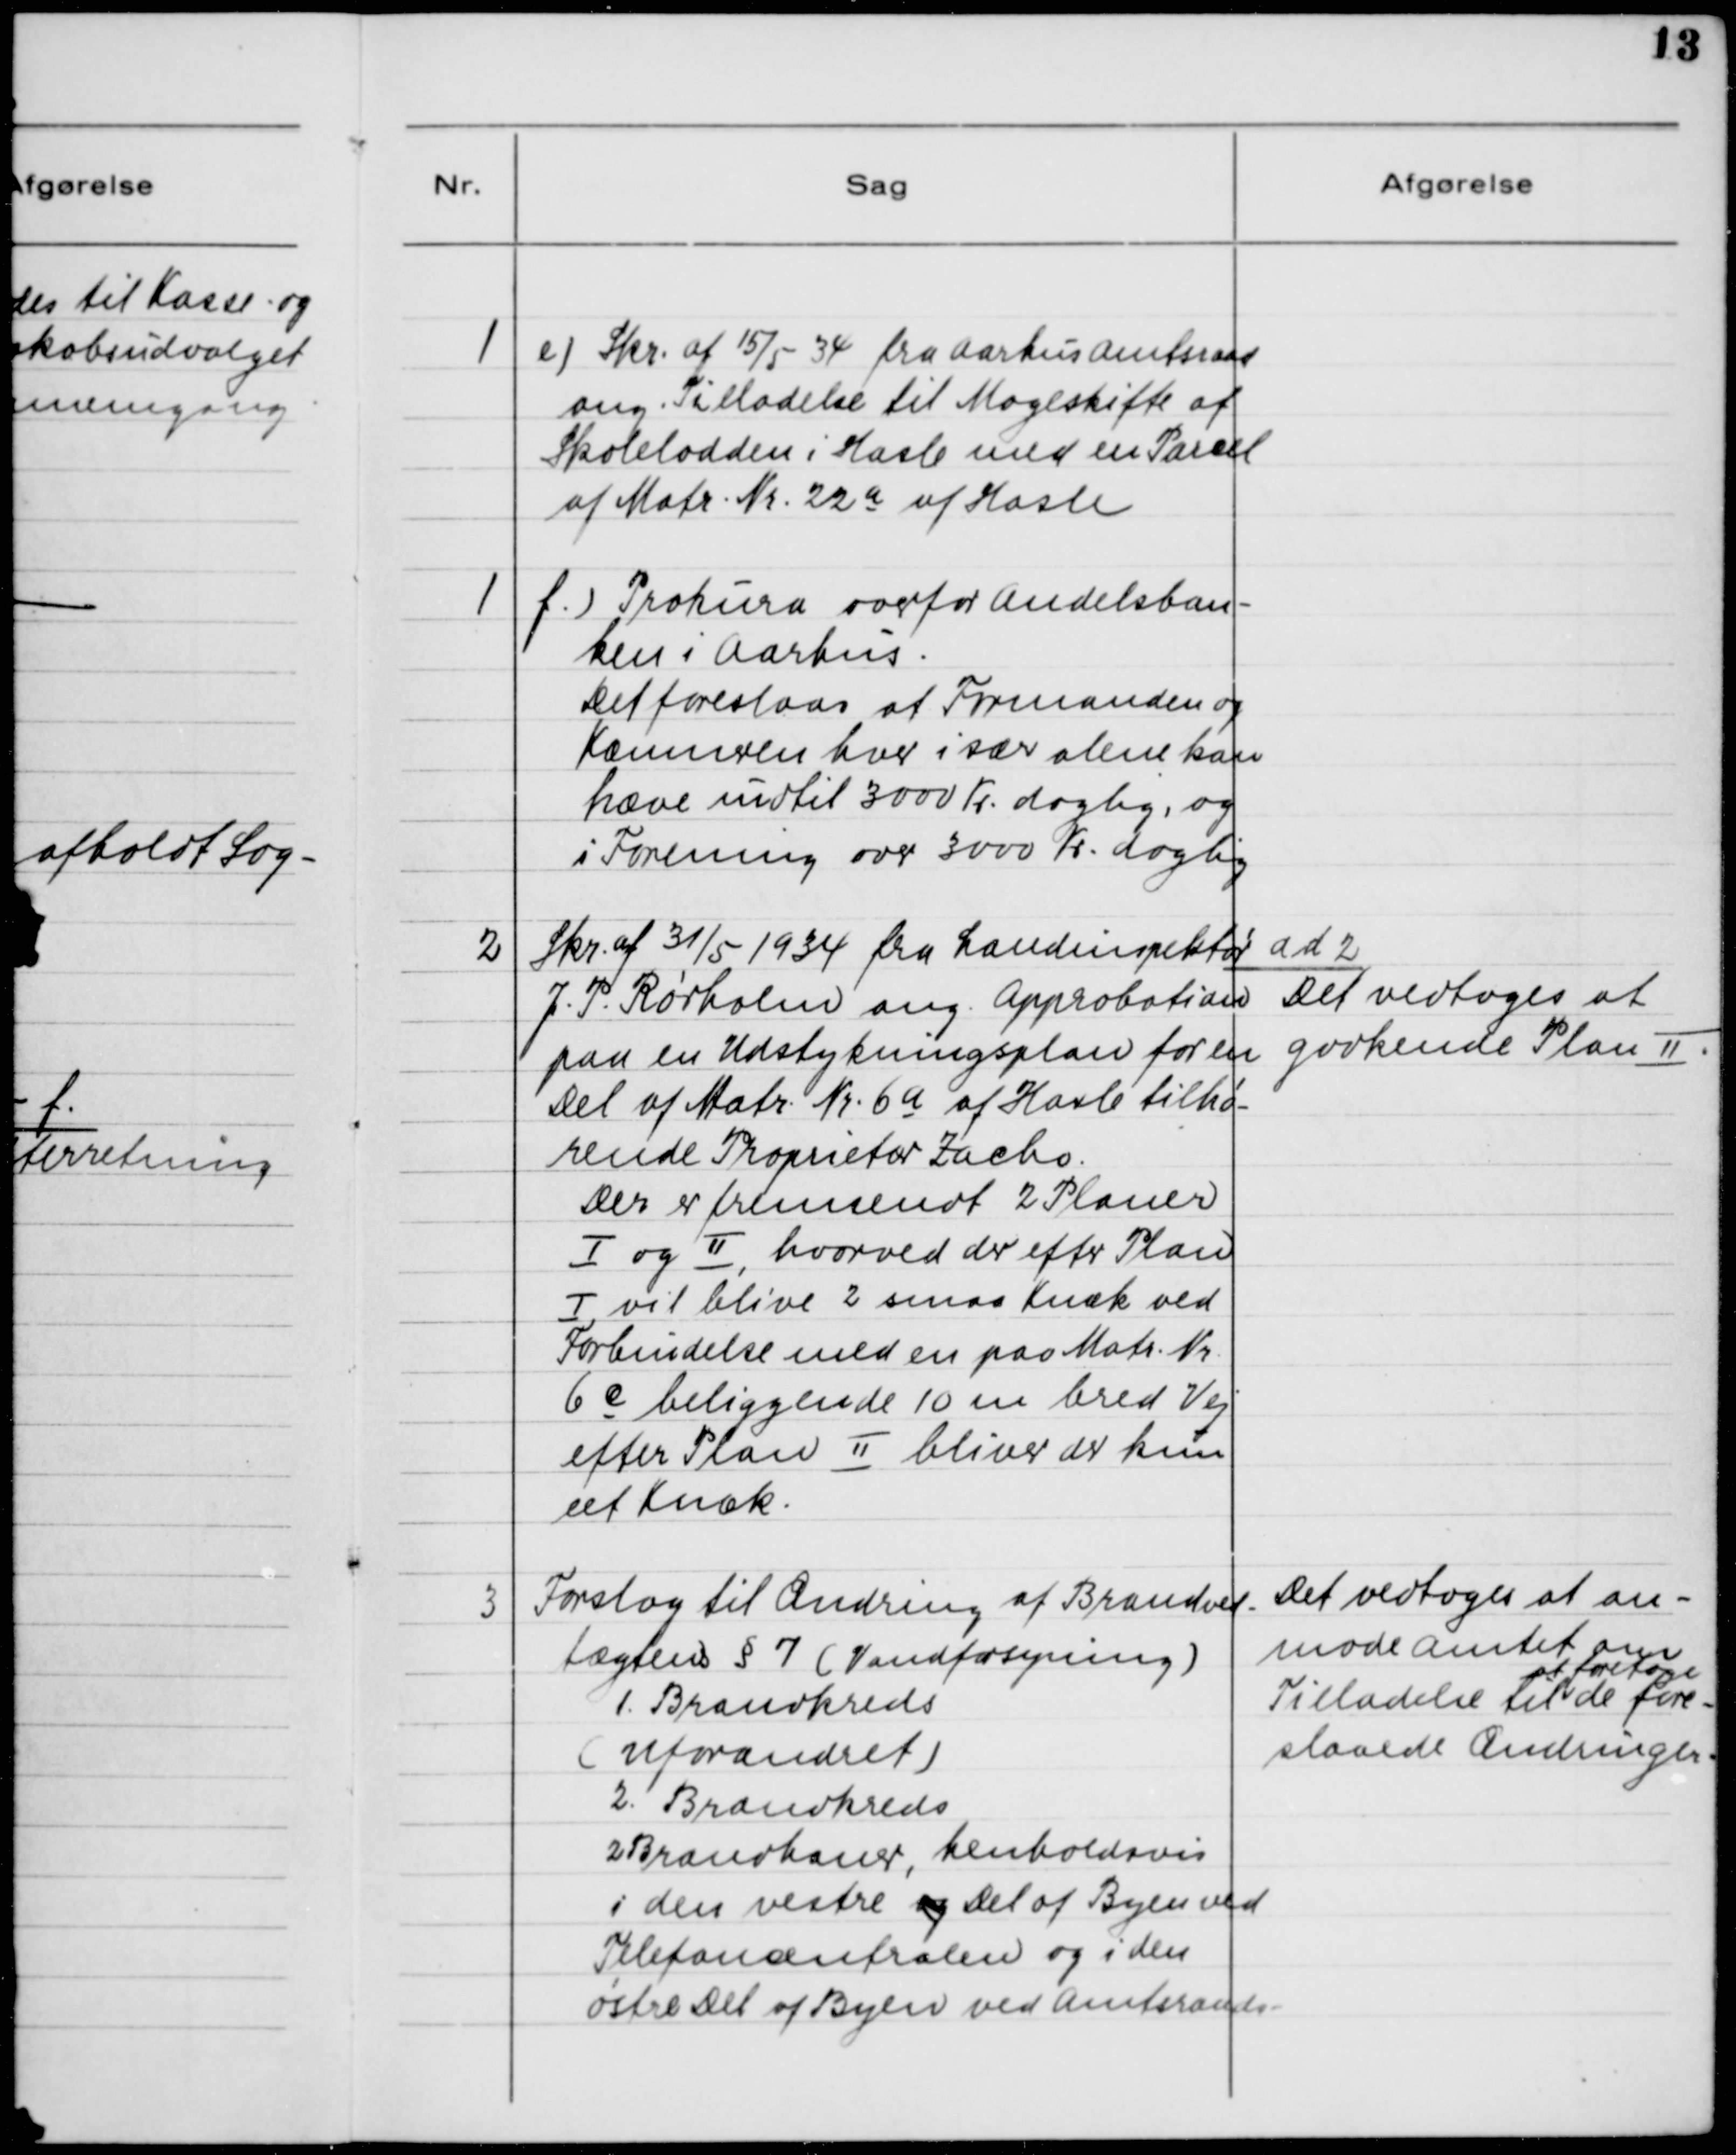
Transskription:
1

e) Skr. af 15/5 34 fra Aarhus Amtsraad
ang. Tilladelse til Mageskifte af
Skolelodden i Hasle med en Parcel 
af Matr. Nr. 22a af Hasle

1

f) Prokura overfor Andelsban-
ken i Aarhus.
Det foreslaas at Formanden og
Kæmneren hver især alene kan
hæve indtil 3000 Kr. daglig, og
i Forening over 3000 Kr. daglig.

2

Skr. af 31/5 1934 fra Landinspektør
J. P. Rørholm ang. Approbation
paa en Udstykningsplan for en
Del af Matr. Nr. 6a af Hasle tilhø-
rende Proprietær Zacho.
Der er fremsendt 2 Planer
Ⅰ og Ⅱ, hvorved der efter Plan 
Ⅰ vil blive 2 smaa Knæk ved
Forbindelse med en paa Matr. Nr.
6e beliggende 10 m bred Vej
efter Plan II bliver der kun
eet Knæk.

ad 2.
Det vedtoges at
godkende Plan II

3

Forslag til Ændring af Brandved-
tægtens § 7 (Vandforsyning)
1. Brandkreds
(Uforandret)
2. Brandkreds
2Brandhaner, henholdsvis
i den vestre og Del af Byen ved
Telefoncentalen og i den
østre Del af Byen ved Amtssraads-

Det vedtoges at an-
mode Amtet om
at foretage
Tilladelse til de fore-
slaaede Ændringer